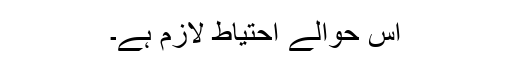
اس حوالے احتیاط لازم ہے۔